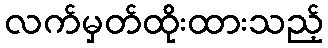
လက်မှတ်ထိုးထားသည့်